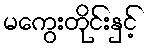
မကွေးတိုင်းနှင့်